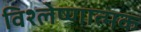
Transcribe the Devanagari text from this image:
विश्लेष्णात्मक